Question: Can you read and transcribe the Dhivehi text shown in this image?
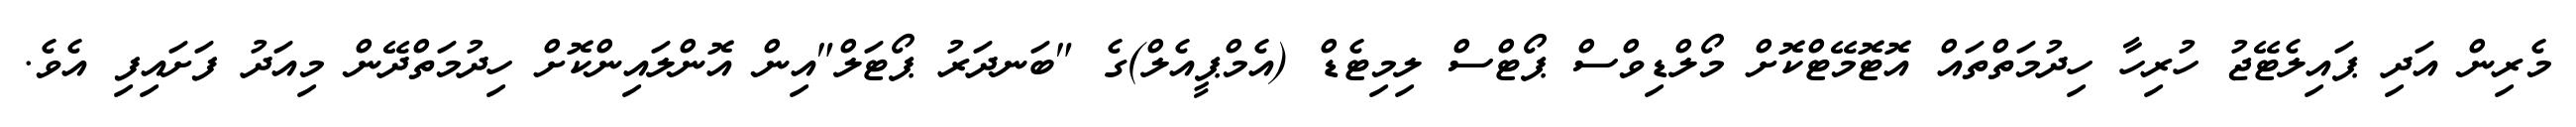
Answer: މެރިން އަދި ޕައިލެޓޭޖު ހުރިހާ ހިދުމަތްތައް އޮޓޮމޭޓްކޮށް މޯލްޑިވްސް ޕޯޓްސް ލިމިޓެޑް (އެމްޕީއެލް)ގެ "ބަނދަރު ޕޯޓަލް"އިން އޮންލައިންކޮށް ހިދުމަތްދޭން މިއަދު ފަށައިފި އެވެ.